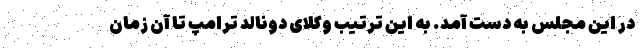
در این مجلس به دست آمد. به این ترتیب وکلای دونالد ترامپ تا آن زمان